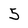
Character: 5